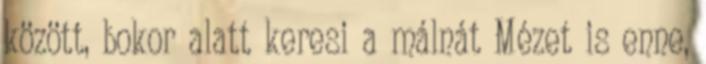
között, bokor alatt keresi a málnát Mézet is enne,